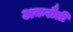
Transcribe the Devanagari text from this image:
अकरौली